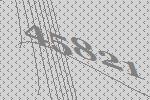
45821